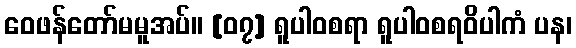
ဝေဖန်တော်မမူအပ်။ [၀၇] ရူပါဝစရာ ရူပါဝစရဝိပါကံ ပန၊